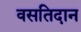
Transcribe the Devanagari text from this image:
वसतिदान